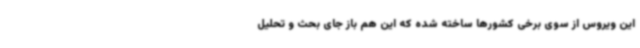
این ویروس از سوی برخی کشورها ساخته شده که این هم باز جای بحث و تحلیل